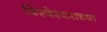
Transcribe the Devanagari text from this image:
विश्वेश्वराच्या